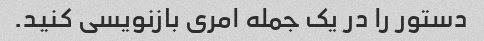
دستور را در یک جمله امری بازنویسی کنید.